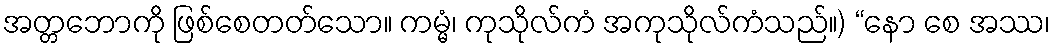
အတ္တဘောကို ဖြစ်စေတတ်သော။ ကမ္မံ၊ ကုသိုလ်ကံ အကုသိုလ်ကံသည်။) “နော စေ အဿ၊